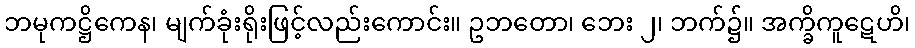
ဘမုကဋ္ဌိကေန၊ မျက်ခုံးရိုးဖြင့်လည်းကောင်း။ ဥဘတော၊ ဘေး ၂၊ ဘက်၌။ အက္ခိကူဋေဟိ၊